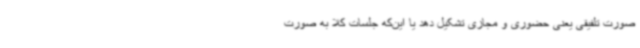
صورت تلفیقی یعنی حضوری و مجازی تشکیل دهد یا این‌که جلسات کلا به صورت